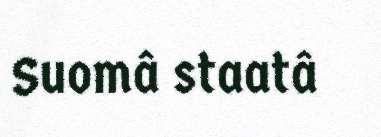
Suomâ staatâ